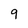
Character: 9